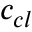
c _ { c l }